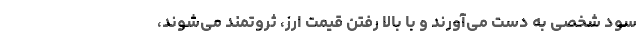
سود شخصی به دست می‌آورند و با بالا رفتن قیمت ارز، ثروتمند می‌شوند،